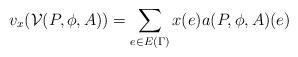
LaTeX: \begin{align*}v_x(\mathcal{V}(P, \phi, A)) = \sum_{e \in E(\Gamma)} x(e)a(P, \phi, A)(e)\\\end{align*}